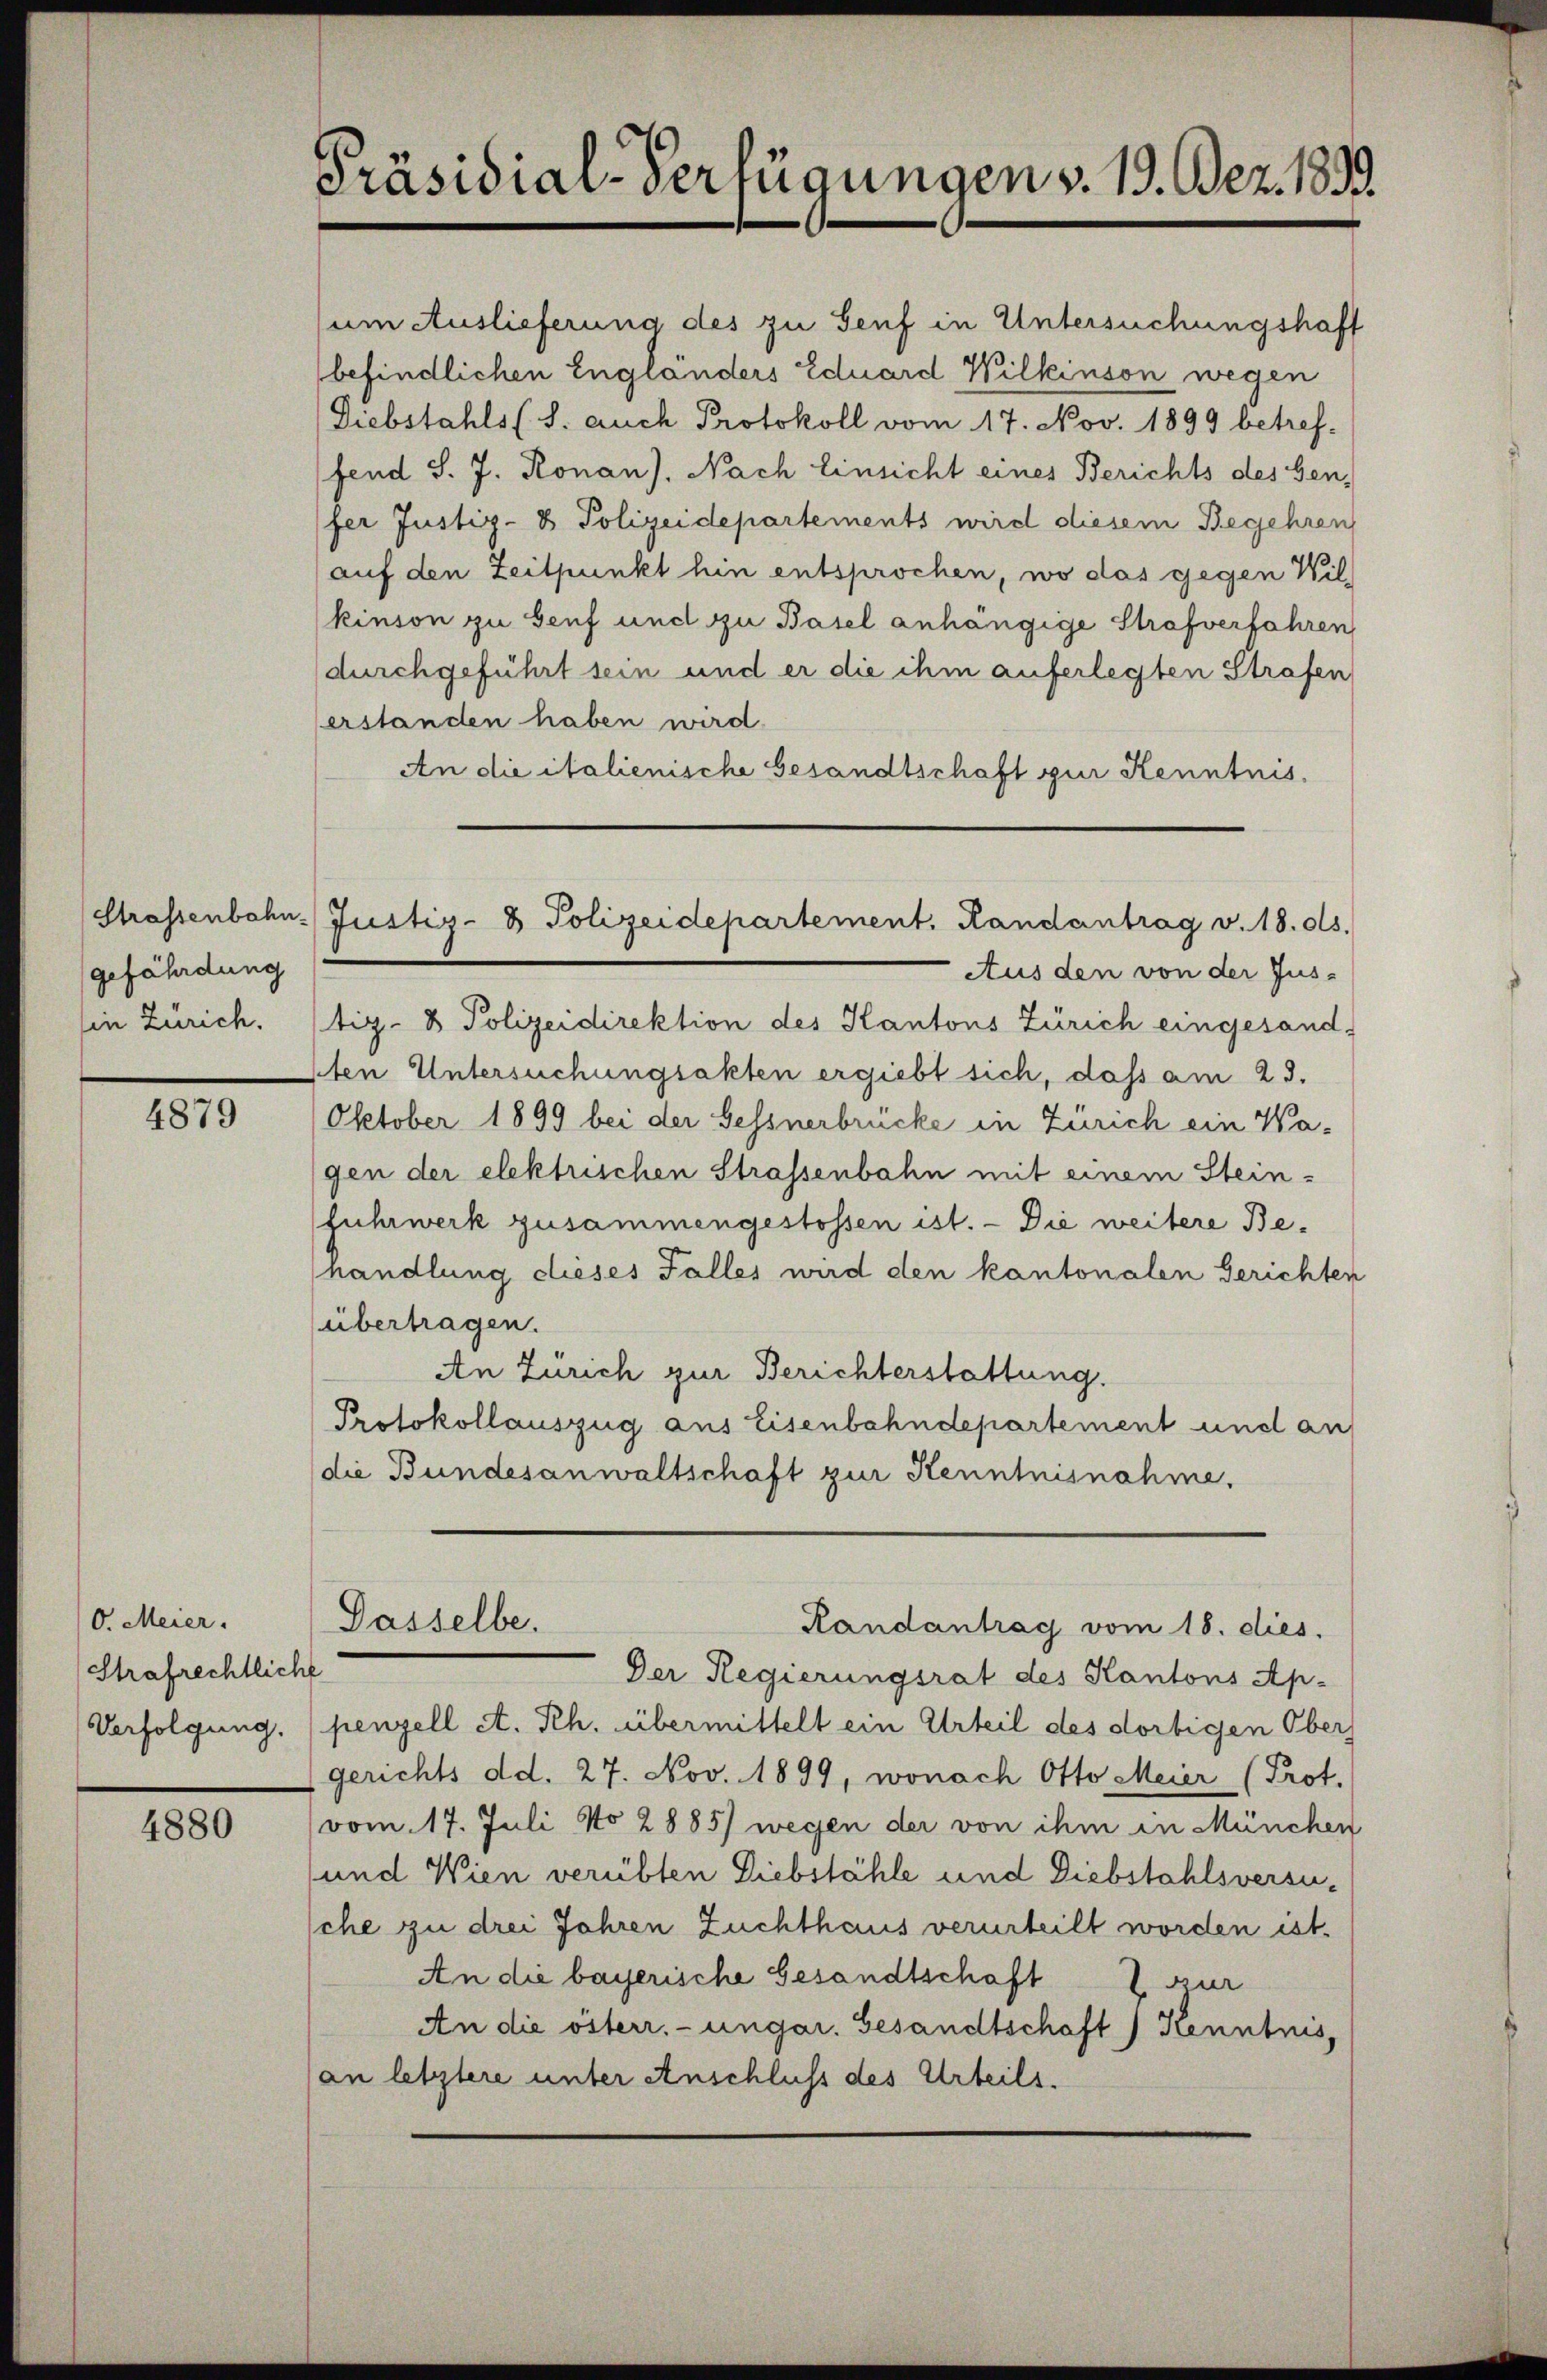
gefährdung
in Zürich.

4879

O. Meier.
Strafrechtliche
Verfolgung.

4880

Präsidial-Verfügungen v. 19. Dez. 1833.

um Auslieferung des zu Senf in Untersuchungshaft
befindlichen Engländers Eduard Wilkinson wegen
Diebstahls (S. auch Protokoll vom 17. Nov. 1899 betref-
fend S. J. Ronan). Nach Einsicht eines Berichts des Gen
fer Justiz- & Polizeidepartements wird diesem Begehren
auf den Zeitpunkt hin entsprochen, wo das gegen Wil-
kinson zu Genf und zu Basel anhängige Strafverfahren
(durchgeführt sein und er die ihm auferlegten Strafen
erstanden haben wird.
An die italienische Gesandtschaft zur Kenntnis,
Aus den von der Jus-
tiz- & Polizeidirektion des Kantons Zürich eingesand
1ten Untersuchungsakten ergiebt sich, daß am 23.
Oktober 1899 bei der Gessnerbrücke in Zürich ein Wagen der elektrischen Strassenbahn mit einem Stein-
fuhrwerk zusammengestossen ist. - Die weitere Behandlung dieses Falles wird den kantonalen Gerichten
(übertragen.
An Zürich zur Berichterstattung.
Protokollauszug aus Eisenbahndepartement und an
die Bundesanwaltschaft zur Kenntnisnahme.

Strassenbahn-Justiz- & Polizeidepartement. Randantrag v. 18. ds.

Dasselbe.

Der Regierungsrat des Kantons Ap-
penzell A. Rh. übermittelt ein Urteil des dortigen Obers
(gerichts dd. 27. Nov. 1899, wonach Otto Meier (Prot.
(vom 17. Juli No 2885) wegen der von ihm in München
und Wien verübten Diebstähle und Diebstahlsversusche zu drei Jahren Zuchthaus verurteilt worden ist.
An die bayerische Gesandtschaft I zur
An die österr. ungar. Gesandtschaft) Kenntnis,
an letztere unter Anschluss des Urteils.

Randantrag vom 18. dies